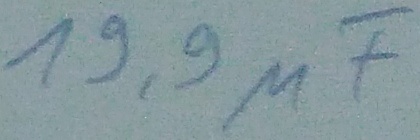
Text: 19,9µF